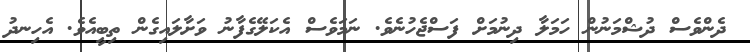
ދެންވެސް ދުޝްމަނުން ހަމަލާ ދިނުމަށް ފަސްޖެހުނެވެ. ނަމަވެސް އެކަލޭގެފާނު ވަށާލައިގެން ތިބީއެވެ. އެހިނދު